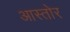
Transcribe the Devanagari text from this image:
आस्तोर